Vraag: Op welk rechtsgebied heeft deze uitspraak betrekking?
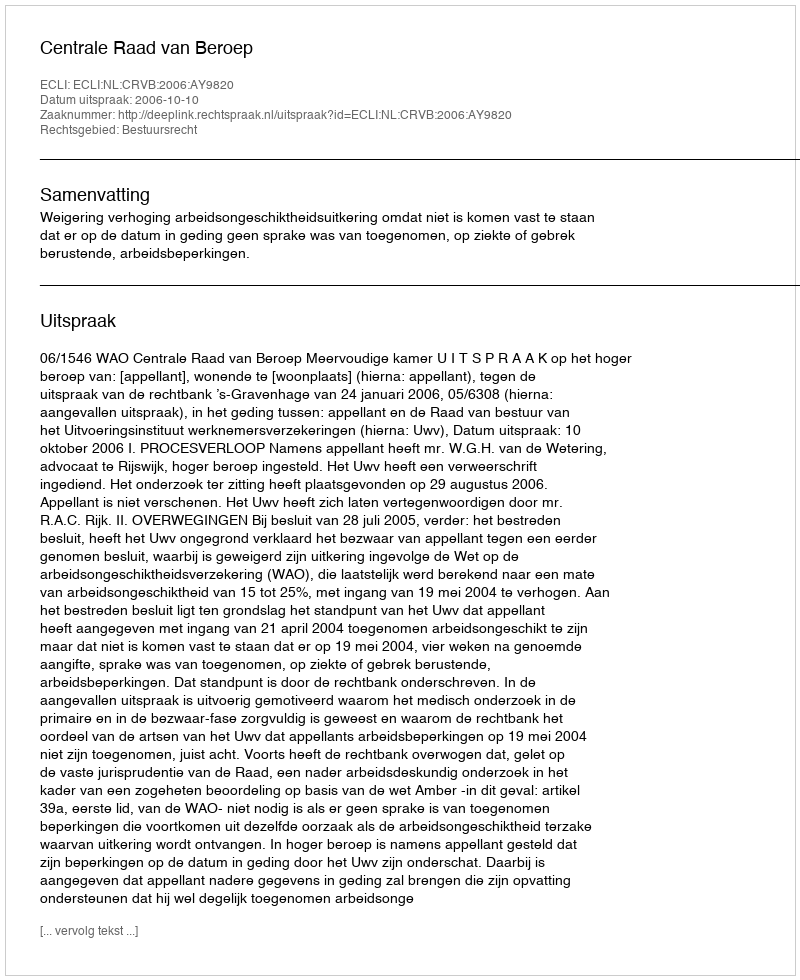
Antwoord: Bestuursrecht